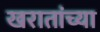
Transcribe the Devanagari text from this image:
खरातांच्या